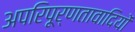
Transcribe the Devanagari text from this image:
अपरिपूर्णतावादियों